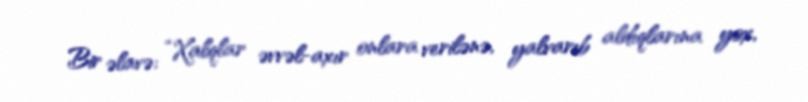
Bir əlavə: “Xalqlar əvvəl-axır onlara verilənə, yalvarıb aldıqlarına yox,